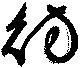
彷